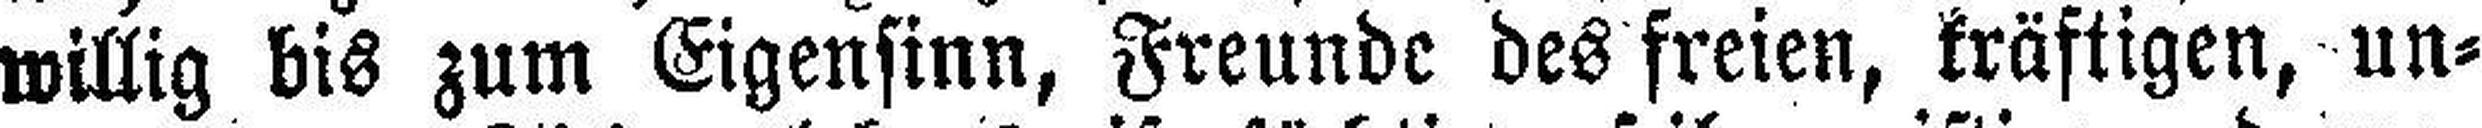
willig bis zum Eigensinn, Freunde des freien, kräftigen, un¬